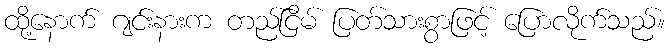
ထို့နောက် ဂျင်းနားက တည်ငြိမ် ပြတ်သားစွာဖြင့် ပြောလိုက်သည်။